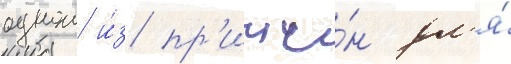
однои и́з пр'ичи́н дл'я́